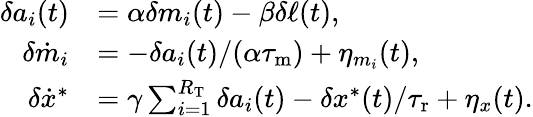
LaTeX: \begin{array}{rl}{\delta a_{i}(t)}&{=\alpha\delta m_{i}(t)-\beta\delta\ell(t),}\\ {\delta\dot{m}_{i}}&{=-\delta a_{i}(t)/(\alpha{\tau_{\mathrm{m}}})+\eta_{m_{i}}(t),}\\ {\delta\dot{x}^{\ast}}&{=\gamma\sum_{i=1}^{R_{\mathrm{T}}}\delta a_{i}(t)-\delta x^{\ast}(t)/{\tau_{\mathrm{r}}}+\eta_{x}(t).}\end{array}